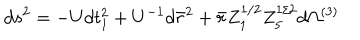
d s ^ { 2 } = - U d t _ { 1 } ^ { 2 } + U ^ { - 1 } d \bar { r } ^ { 2 } + \bar { r } Z _ { 1 } ^ { 1 / 2 } Z _ { 5 } ^ { 1 / 2 } d \Omega ^ { ( 3 ) }